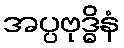
အပ္ပဗုဒ္ဓိနံ